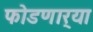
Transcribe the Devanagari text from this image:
फोडणार्‍या